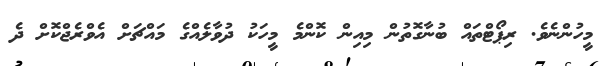
މީހުންނެވެ. ރިޕޯޓްތައް ބުނާގޮތުން މިއިން ކޮންމެ މީހަކު ދުވާލެއްގެ މައްޗަށް އެވްރެޖްކޮށް ދެ